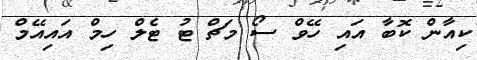
ކިއާން ކޮބާ އައި ހޭވް ސޯ މަޗް ޓު ޓެލް ހިމް އައިއޭމް